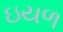
ઇયળ